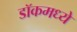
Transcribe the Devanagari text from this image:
डॉकमध्ये